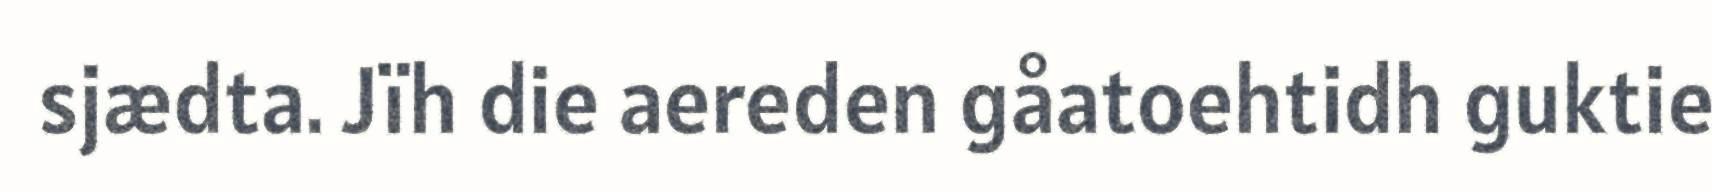
sjædta. Jïh die aereden gåatoehtidh guktie